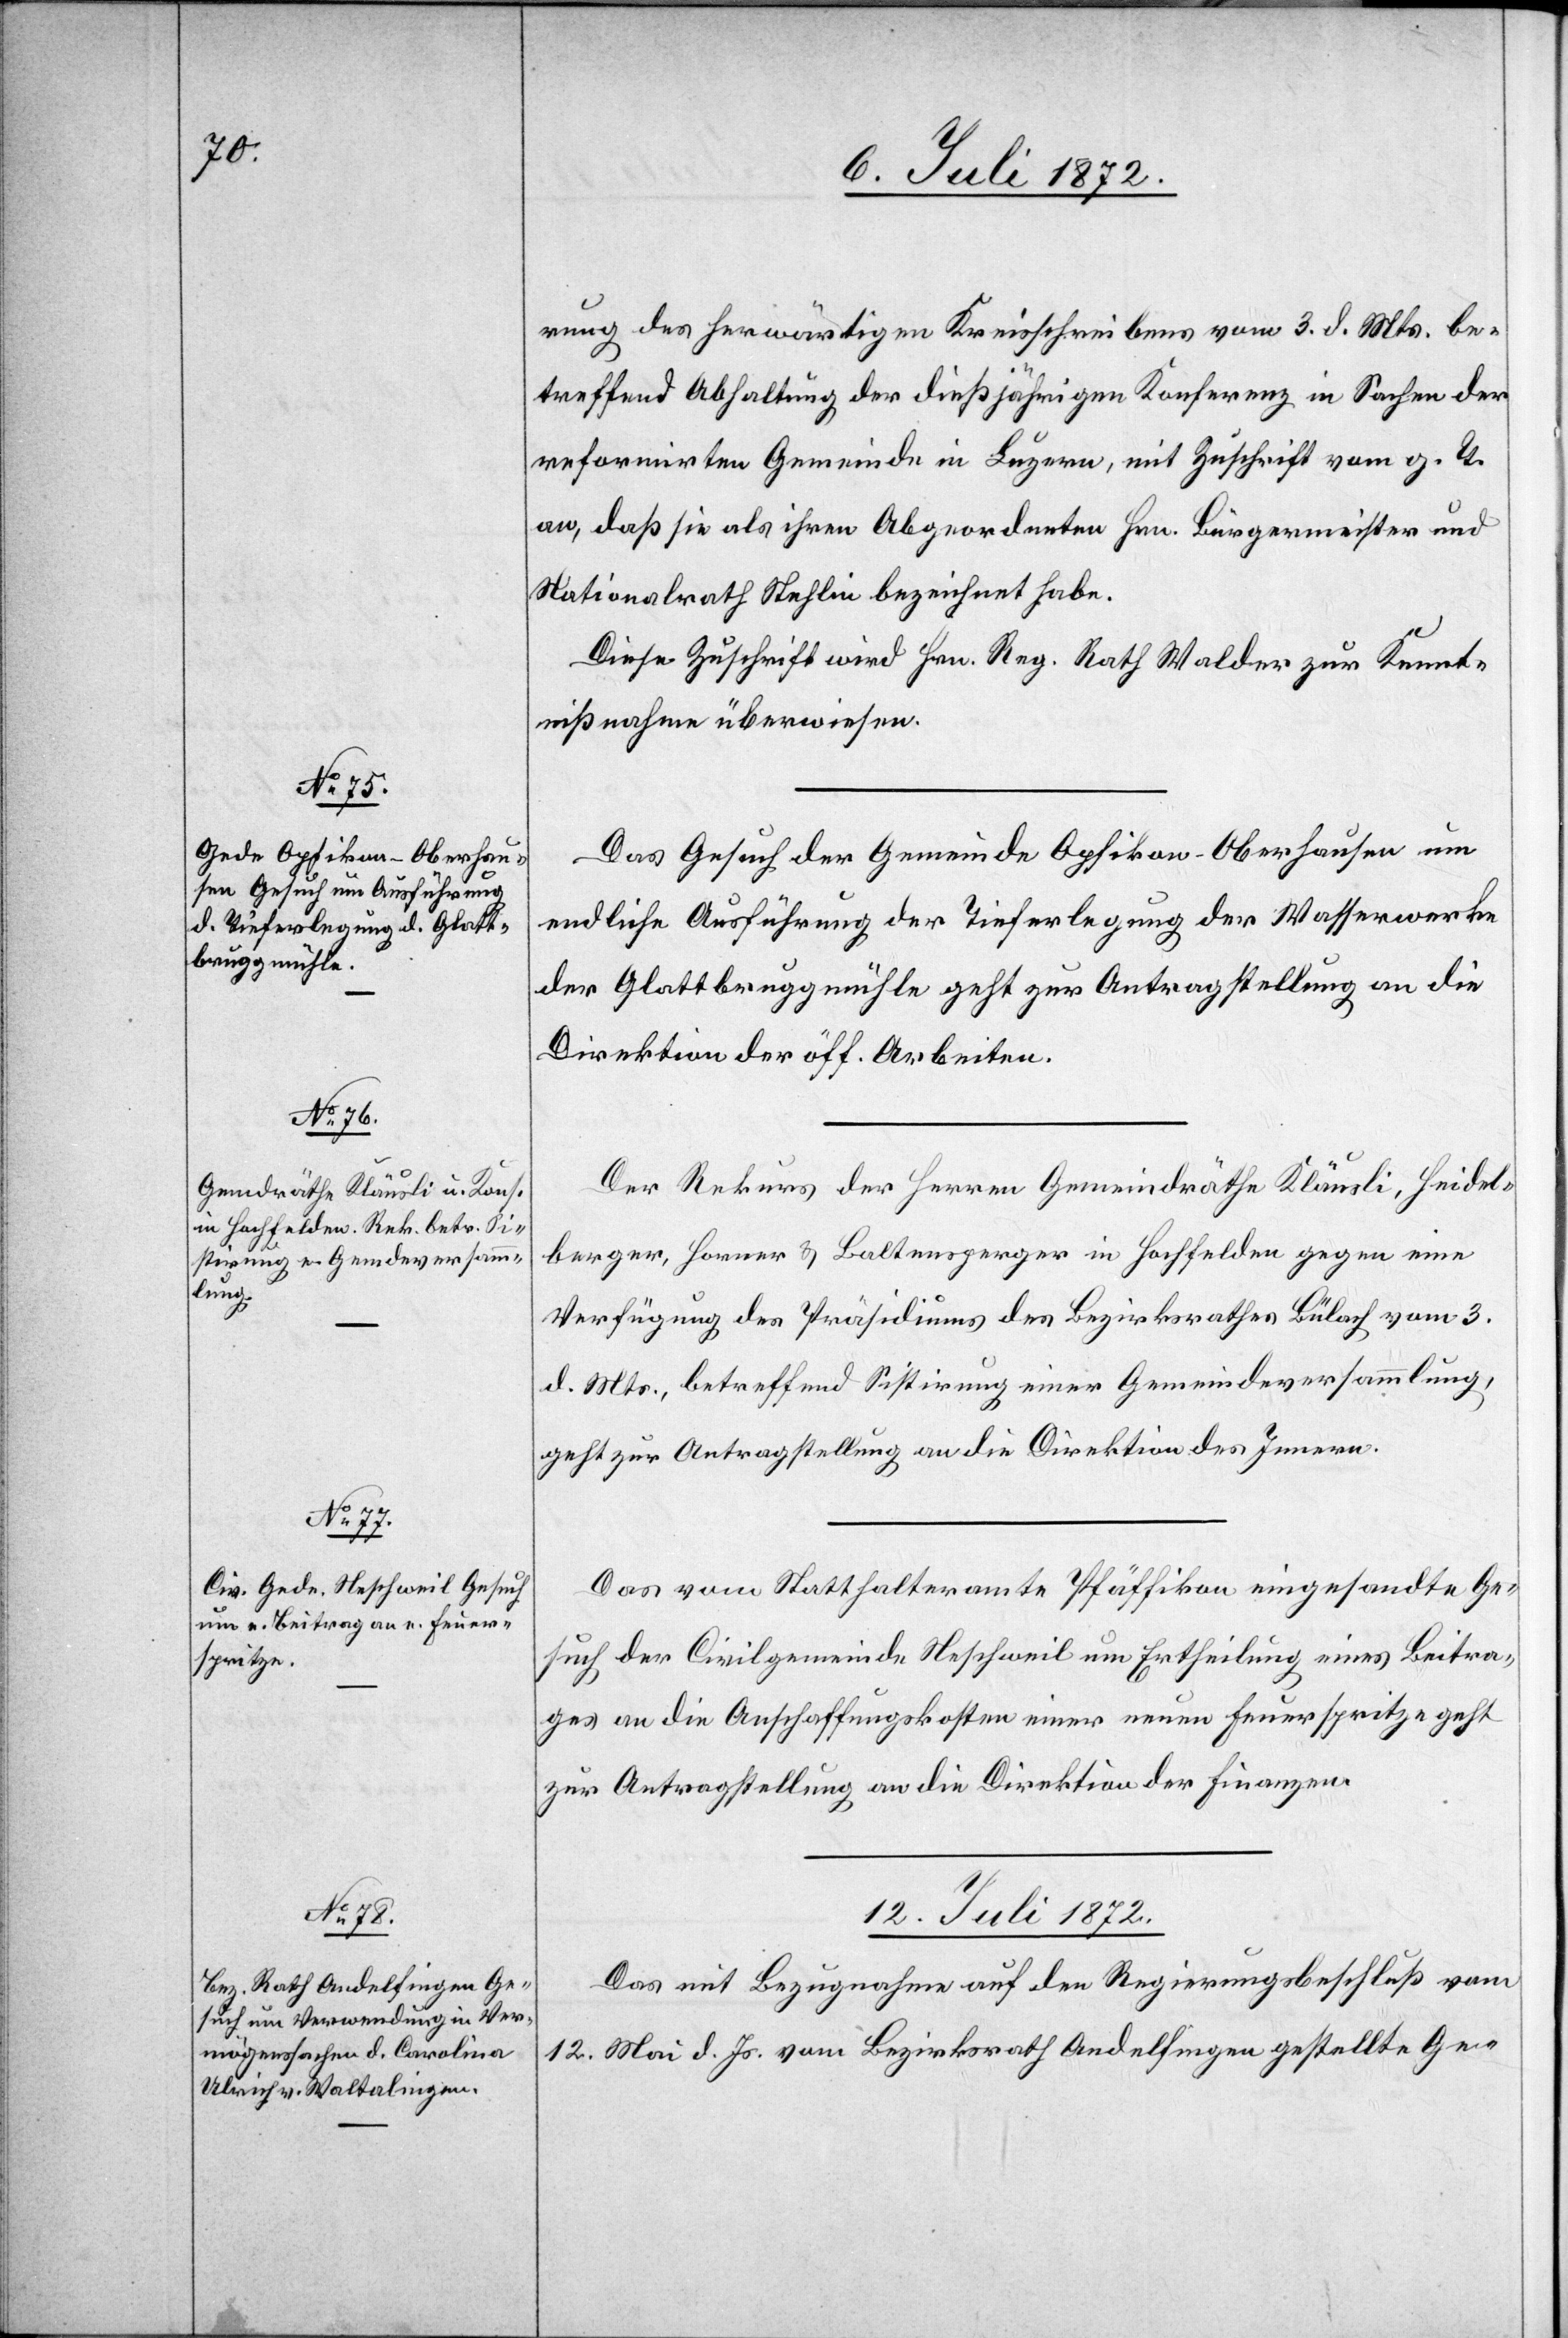
rung des herwärtigen Kreisschreibens vom 3. d. Mts. be¬
treffend Abhaltung der dießjährigen Konferenz in Sachen der
reformirten Gemeinde in Luzern, mit Zuschrift vom g. T.
an, daß sie als ihren Abgeordneten Hrn. Bürgermeister und
Nationalrath Stehlin bezeichnet habe.
Diese Zuschrift wird Hrn. Reg. Rath Walder zur Kennt¬
nißnahme überwiesen.
Das Gesuch der Gemeinde Opfikon-Oberhausen um
endliche Ausführung der Tieferlegung der Wasserwerke
der Glattbruggmühle geht zur Antragstellung an die
Direktion der öff. Arbeiten.
Der Rekurs der Herren Gemeindräthe Kläusli, Heidel¬
berger, Horner u. Baltensperger in Hochfelden gegen eine
Verfügung des Präsidiums des Bezirksrathes Bülach vom 3.
d. Mts., betreffend Sistirung einer Gemeindeversammlung,
geht zur Antragstellung an die Direktion des Innern.
Das vom Statthalteramte Pfäffikon eingesandte Ge¬
such der Civilgemeinde Neschweil um Ertheilung eines Beitra¬
ges an die Anschaffungskosten einer neuen Feuerspritze geht
zur Antragstellung an die Direktion der Finanzen.
12. Juli 1872.
Das mit Bezugnahme auf den Regierungsbeschluß vom
12. Mai d. Js. vom Bezirksrath Andelfingen gestellte Ge-